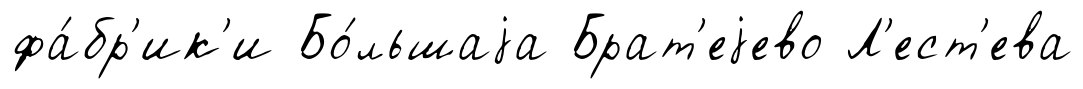
фа́бр'ик'и Бо́льшаjа Брат'еjево Л'ест'ева